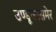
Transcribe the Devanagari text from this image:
उण्डूकासमेर